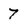
Character: 7